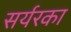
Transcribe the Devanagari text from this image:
सर्यरका